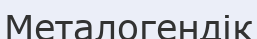
Металогендік